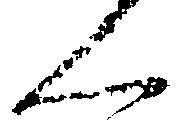
ん